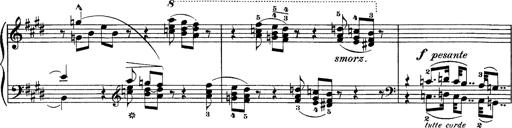
Title: Hungarian Rhapsody No.1
Composer: Franz Liszt
Key: C-sharp minor